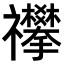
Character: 𥜳